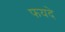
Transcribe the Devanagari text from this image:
फयदे